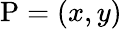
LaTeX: \mathrm{P}=(x,y)